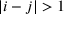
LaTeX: \vert i - j \vert > 1